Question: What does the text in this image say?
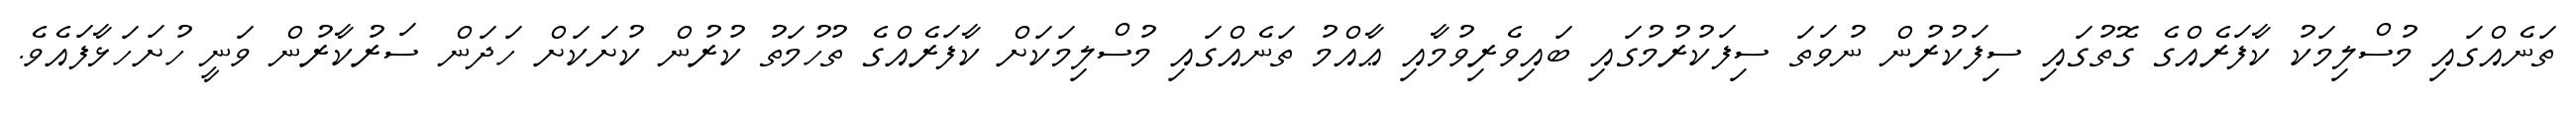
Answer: ތަނެއްގައި މުސްލިމަކު ކާފަރެއްގެ ގޮތުގައި ސިފަކުރުން ނުވަތަ ސިފަކުރުމުގައި ބައިވެރިވުމާއި ޢާއްމު ތަނެއްގައި މުސްލިމަކަށް ކާފަރެއްގެ ތުހުމަތު ކުރުން ކުށަކަށް ހަދަން ސަރުކާރުން ވަނީ ހުށަހަޅާފައެވެ.